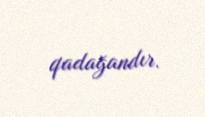
qadağandır.